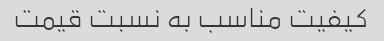
کیفیت مناسب به نسبت قیمت